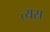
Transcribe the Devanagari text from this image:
त्यस